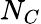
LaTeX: N_{C}